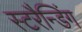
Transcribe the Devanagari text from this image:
स्टरैन्डिंग